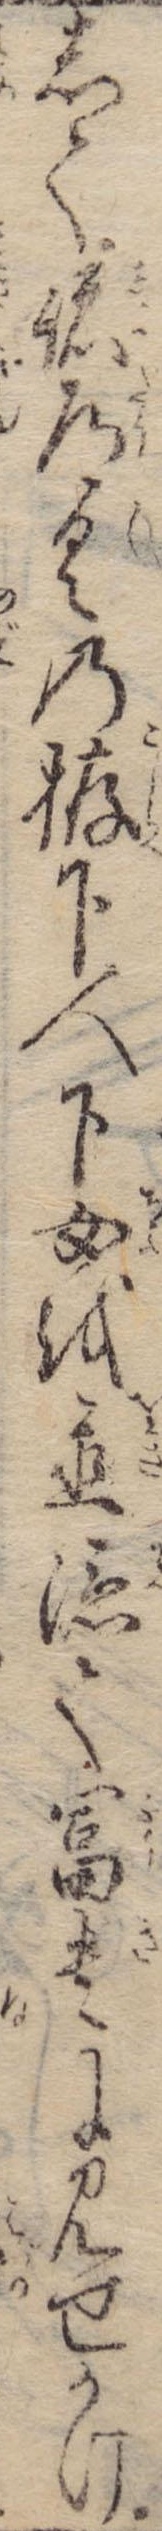
して諸道具の拵下人下女を置添て富貴に見せかけ